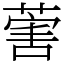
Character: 𦵯